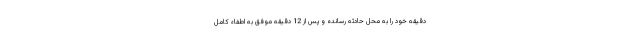
دقیقه خود را به محل حادثه رسانده و پس از 12 دقیقه موفق به اطفاء کامل